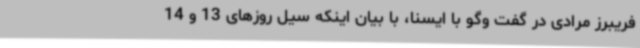
فریبرز مرادی در گفت وگو با ایسنا، با بیان اینکه سیل روزهای 13 و 14